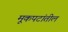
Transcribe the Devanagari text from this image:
मूकपटांतील